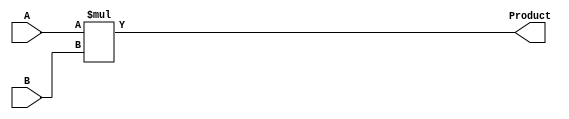
`timescale 1ns / 1ps

module MUL(A,B, Product);

parameter in_width=32;
parameter out_width=32;
input [in_width-1:0] A,B;
output reg [out_width-1:0] Product;

always@(*)
begin
    Product=A*B;
end//end always

endmodule